Eestimaa_Kommunistliku_Partei_Keskkomitee, lk 65
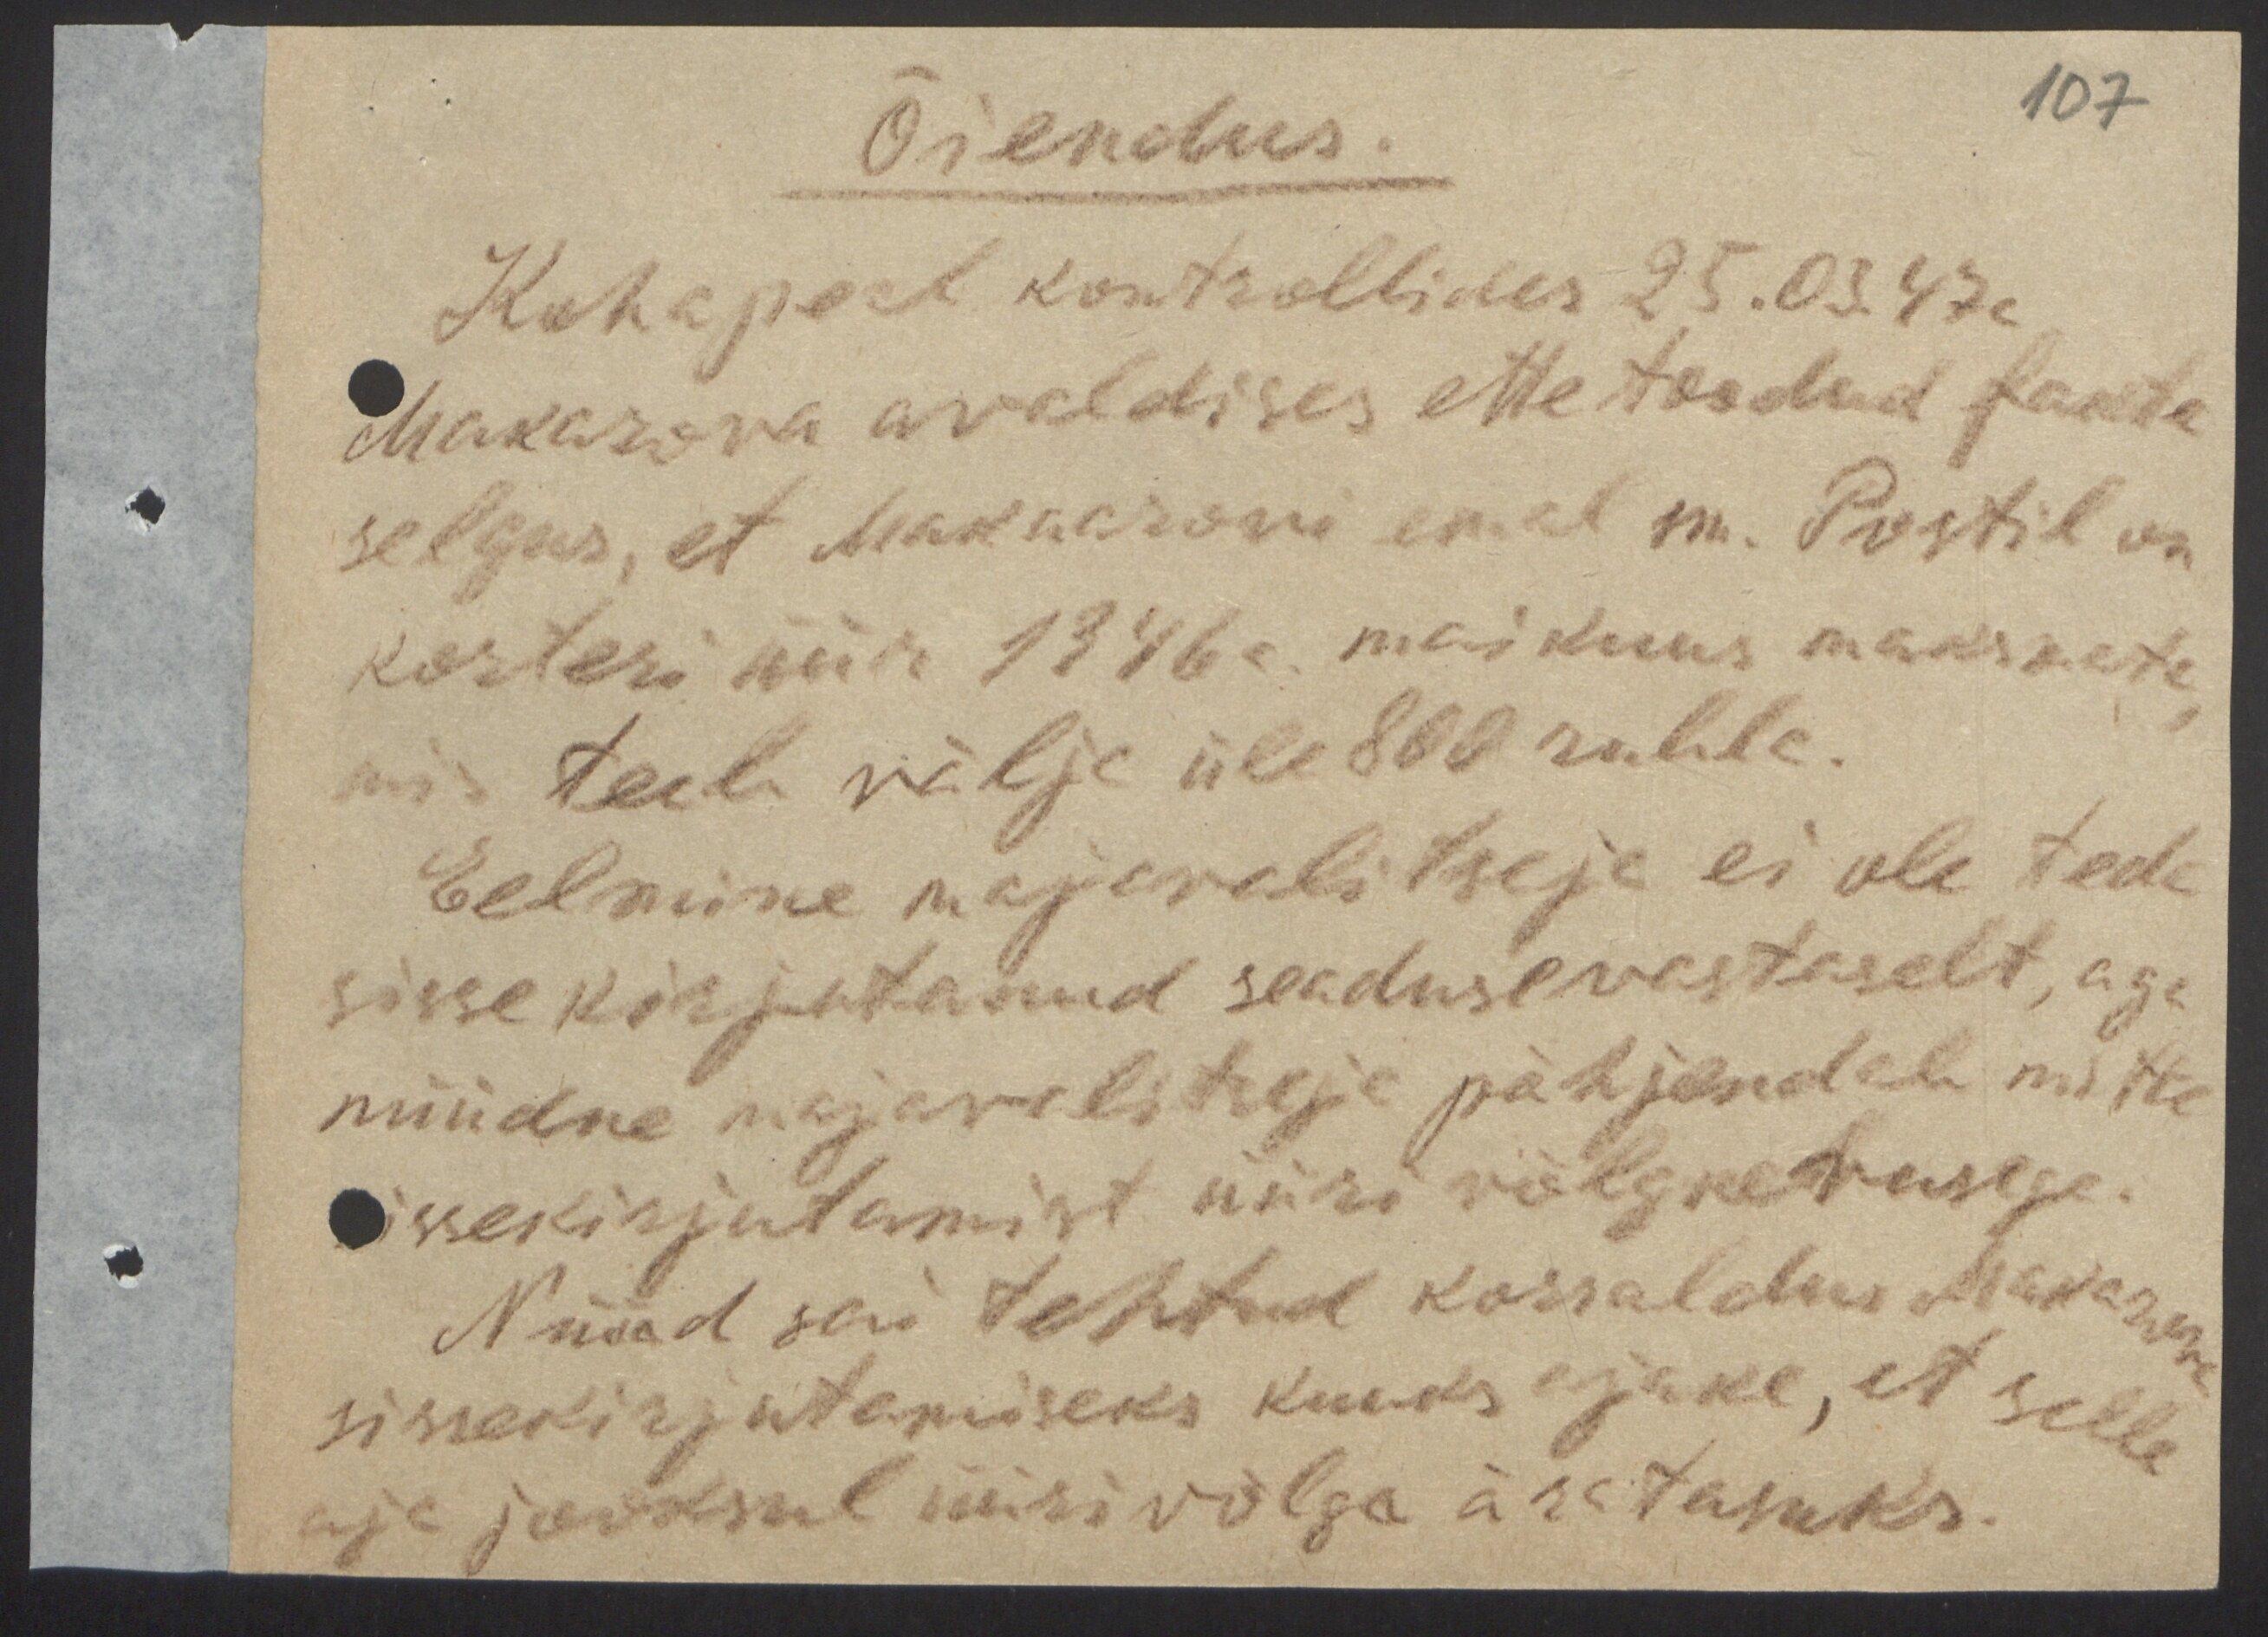
Õiendus.
107
Kohapeal kontrollides 25.03.47a
Makarova avaldises ettetoodud fakte
selgus, et Makarovi emal sm. Postil on
korteri üüri 1946a. maikuus maksmata
mis teeb välja üle 800 rubla.
Eelmine majavalitseja ei ole teda
sisse kirjutanud seadusevastaselt, aga
nüüdne majavalitseja põhjendab mitte
sissekirjutamist üüri võlgnevusega.
Nüüd sai tehtud korraldus Makarova
sissekirjutamiseks kuuks ajaks, et selle
aja jooksul üürivõlga ära tasuks.